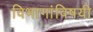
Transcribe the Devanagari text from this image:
विभागांविषयी